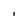
Character: 1